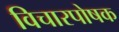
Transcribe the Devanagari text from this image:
विचारपोषक